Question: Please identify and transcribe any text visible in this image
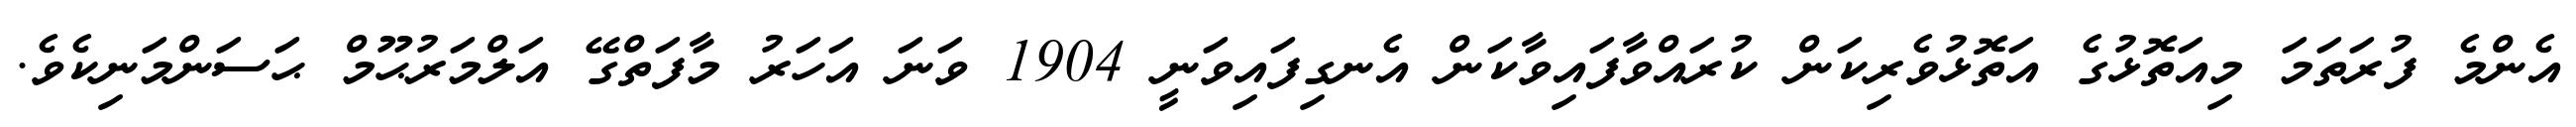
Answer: އެންމެ ފުރަތަމަ މިއަތޮޅުގެ އަތޮޅުވެރިކަން ކުރައްވާފައިވާކަން އެނގިފައިވަނީ 1904 ވަނަ އަހަރު މާފަތްގޭ އަލްމަރުޙޫމް ޙަސަންމަނިކެވެ.